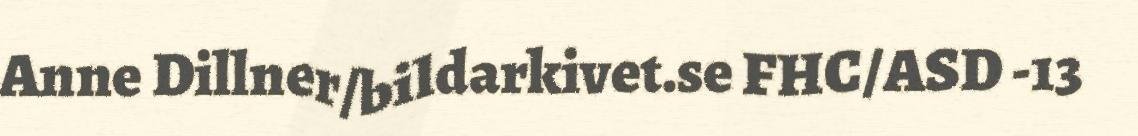
Anne Dillner/bildarkivet.se FHC/ASD -13